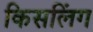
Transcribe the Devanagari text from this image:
किसलिंग